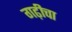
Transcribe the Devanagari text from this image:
गढ़ीचा